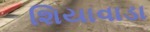
શિયાવાડા